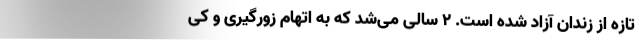
تازه از زندان آزاد شده است. ۲ سالی می‌شد که به اتهام زورگیری و کی